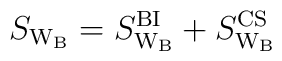
S_{\rm W_B} = S^{\rm BI}_{\rm W_B}+S^{\rm CS}_{\rm W_B}